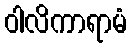
ဝါလိကာရာမံ